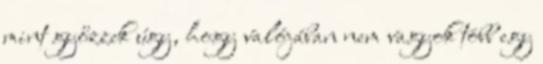
mint győzzek úgy, hogy valójában nem vagyok több egy